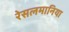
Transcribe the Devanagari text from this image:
रेसलमानिया